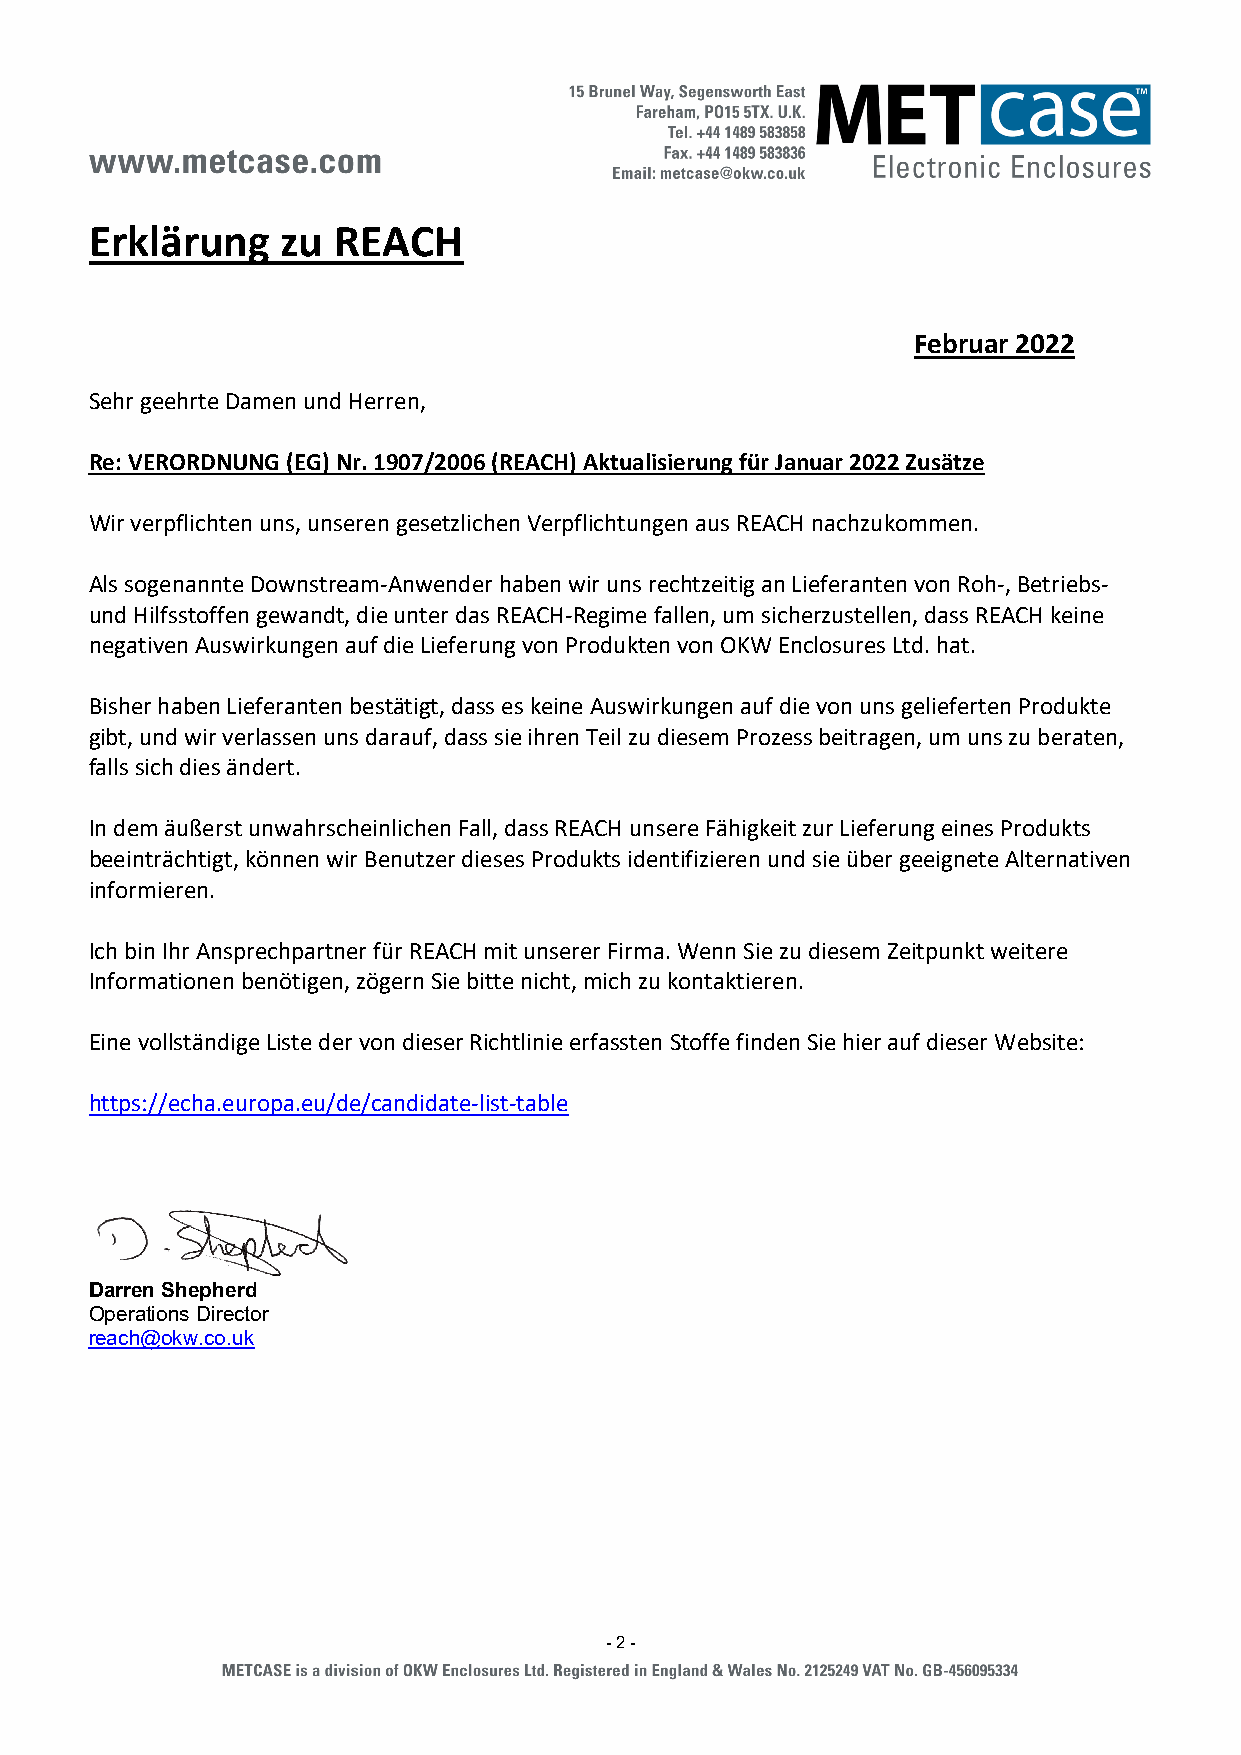
Erklärung    zu REACH
 Februar 2022
 Sehr geehrte Damen und Herren,
 Re: VERORDNUNG (EG) Nr. 1907/2006 (REACH) Aktualisierung für Januar 2022 Zusätze
 Wir verpflichten uns, unseren gesetzlichen Verpflichtungen aus REACH nachzukommen.
 Als sogenannte Downstream-Anwender haben wir uns rechtzeitig an Lieferanten von Roh-, Betriebs-
 und Hilfsstoffen gewandt, die unter das REACH-Regime fallen, um sicherzustellen, dass REACH keine
 negativen Auswirkungen auf die Lieferung von Produkten von OKW Enclosures Ltd. hat.
 Bisher haben Lieferanten bestätigt, dass es keine Auswirkungen auf die von uns gelieferten Produkte
 gibt, und wir verlassen uns darauf, dass sie ihren Teil zu diesem Prozess beitragen, um uns zu beraten,
 falls sich dies ändert.
 In dem äußerst unwahrscheinlichen Fall, dass REACH unsere Fähigkeit zur Lieferung eines Produkts
 beeinträchtigt, können wir Benutzer dieses Produkts identifizieren und sie über geeignete Alternativen
 informieren.
 Ich bin Ihr Ansprechpartner für REACH mit unserer Firma. Wenn Sie zu diesem Zeitpunkt weitere
 Informationen benötigen, zögern Sie bitte nicht, mich zu kontaktieren.
 Eine vollständige Liste der von dieser Richtlinie erfassten Stoffe finden Sie hier auf dieser Website:
 https://echa.europa.eu/de/candidate-list-table
 Darren Shepherd
 Operations Director
 reach@okw.co.uk
 - 2 -